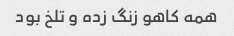
همه کاهو زنگ زده و تلخ بود